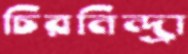
চিরনিন্দ্রা